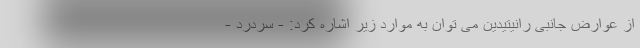
از عوارض جانبی رانیتیدین می توان به موارد زیر اشاره کرد: - سردرد -